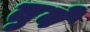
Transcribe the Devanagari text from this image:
तुबे